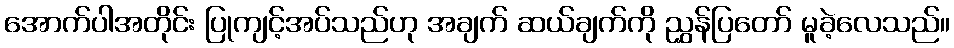
အောက်ပါအတိုင်း ပြုကျင့်အပ်သည်ဟု အချက် ဆယ်ချက်ကို ညွှန်ပြတော် မူခဲ့လေသည်။